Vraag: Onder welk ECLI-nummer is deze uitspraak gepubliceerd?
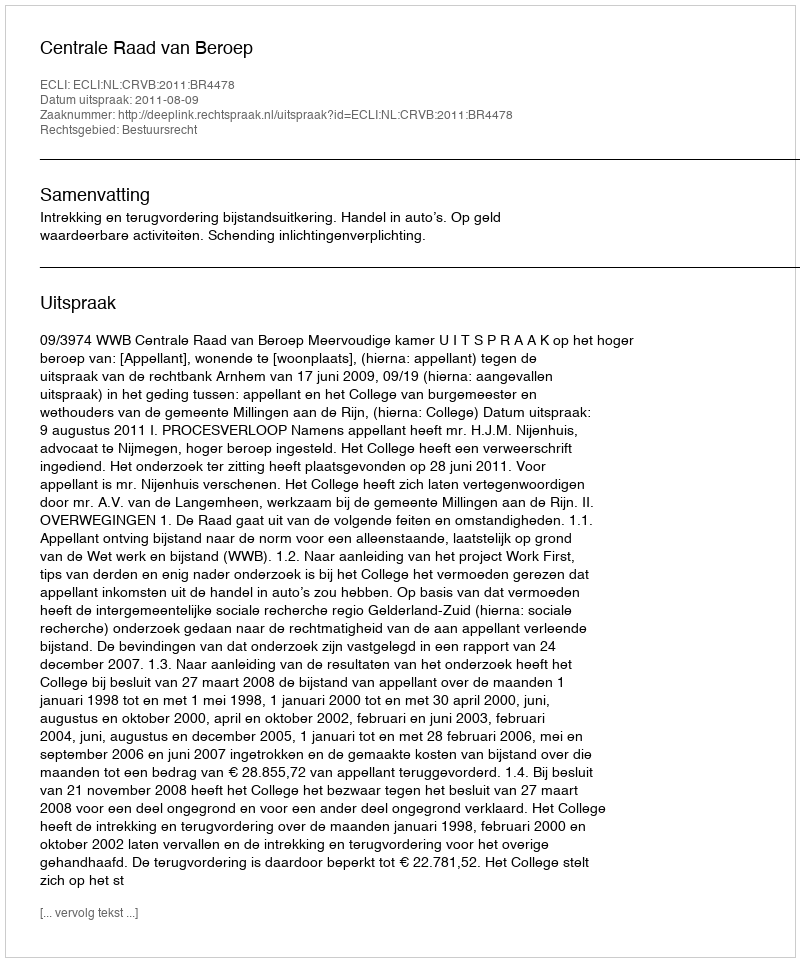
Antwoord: ECLI:NL:CRVB:2011:BR4478